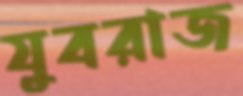
যুবরাজ